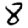
Digit: 8